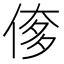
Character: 偧